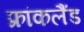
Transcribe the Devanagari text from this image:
फ्रांकलैंड